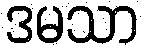
ဒမသာ